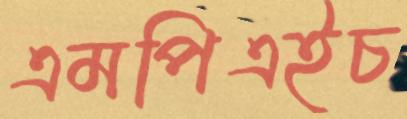
এমপিএইচ